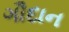
ગૌદાન